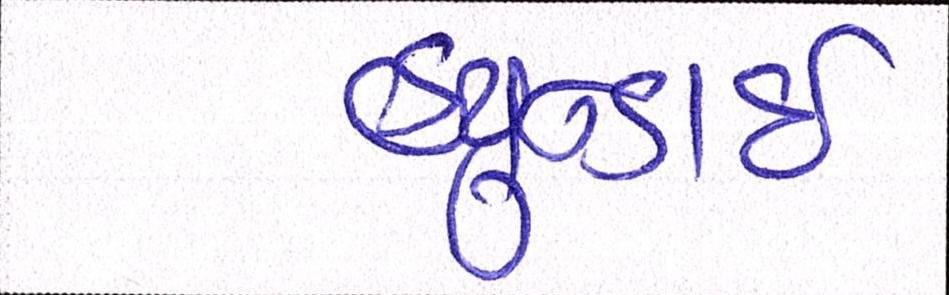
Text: હ્યુન્ડાઇ